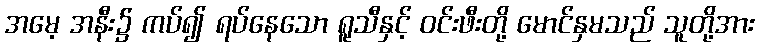
အမေ့ အနီး၌ ကပ်၍ ရပ်နေသော ရူသီနှင့် ဝင်းဖီးတို့ မောင်နှမသည် သူတို့အား